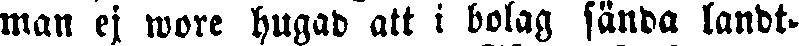
man ej wore hugad att i bolag sända landt-